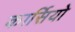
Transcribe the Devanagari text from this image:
कार्सियो